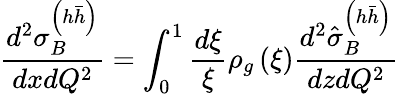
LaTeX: \frac{d^{2}\sigma_{B}^{\left(h\bar{h}\right)}}{dxdQ^{2}}=\int_{0}^{1}\frac{d\xi}{\xi}\rho_{g}\left(\xi\right)\frac{d^{2}\hat{\sigma}_{B}^{\left(h\bar{h}\right)}}{dzdQ^{2}}